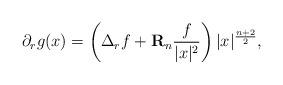
LaTeX: \begin{align*}\partial_rg(x)&=\left(\Delta_rf+\mathbf{R}_n\frac{f}{|x|^2}\right)|x|^{\frac{n+2}{2}},\end{align*}